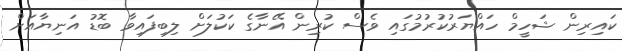
ކައިރިން ޝަހީމް ހައްޔަރުކުރުމުގައި ވެސް ކުރިން އޭނާގެ ކަކުލަށް ލިބިފައިވާ ބޮޑު އަނިޔާއަށް